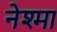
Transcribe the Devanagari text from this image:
नेश्मा